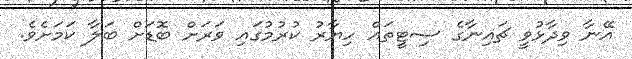
އޭނާ ވިދާޅުވީ ޗައިނާގެ ސިޓީތައް ހިޔާރު ކުރުމުގައި ވަރަށް ބޮޑަށް ބަލާ ކަމަށެވެ.